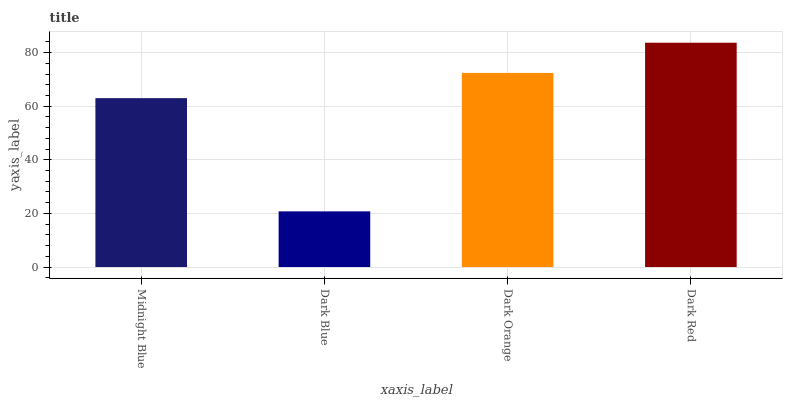
| xaxis_label | bars |
 | --- | --- |
 | Midnight Blue | 63 |
 | Dark Blue | 20.8 |
 | Dark Orange | 72.4 |
 | Dark Red | 83.7 |